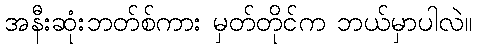
အနီးဆုံးဘတ်စ်ကား မှတ်တိုင်က ဘယ်မှာပါလဲ။